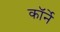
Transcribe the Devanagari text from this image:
कॉर्ने